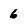
Character: 6